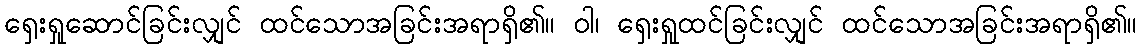
ရှေးရှုဆောင်ခြင်းလျှင် ထင်သောအခြင်းအရာရှိ၏။ ဝါ၊ ရှေးရှုထင်ခြင်းလျှင် ထင်သောအခြင်းအရာရှိ၏။